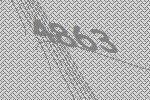
4863